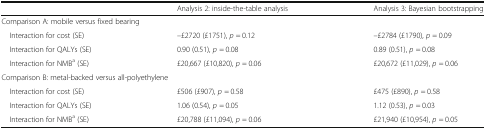
|  | Analysis 2: inside-the-table analysis | Analysis 3: Bayesian bootstrapping |
 | --- | --- | --- |
 | <COLSPAN=3> Comparison A: mobile versus fixed bearing |
 | Interaction for cost (SE) | –£2720 (£1751), p = 0.12 | –£2784 (£1790), p = 0.09 |
 | Interaction for QALYs (SE) | 0.90 (0.51), p = 0.08 | 0.89 (0.51), p = 0.08 |
 | Interaction for NMBa (SE) | £20,667 (£10,820), p = 0.06 | £20,672 (£11,029), p = 0.06 |
 | <COLSPAN=3> Comparison B: metal-backed versus all-polyethylene |
 | Interaction for cost (SE) | £506 (£907), p = 0.58 | £475 (£890), p = 0.58 |
 | Interaction for QALYs (SE) | 1.06 (0.54), p = 0.05 | 1.12 (0.53), p = 0.03 |
 | Interaction for NMBa (SE) | £20,788 (£11,094), p = 0.06 | £21,940 (£10,954), p = 0.05 |